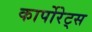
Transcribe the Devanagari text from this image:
कार्पोरेट्स